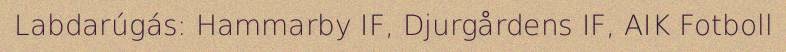
Labdarúgás: Hammarby IF, Djurgårdens IF, AIK Fotboll